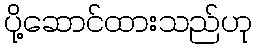
ပို့ဆောင်ထားသည်ဟု